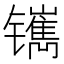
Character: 𰿅